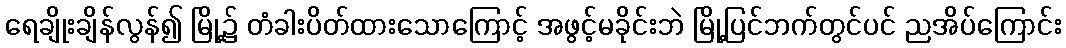
ရေချိုးချိန်လွန်၍ မြို့၌ တံခါးပိတ်ထားသောကြောင့် အဖွင့်မခိုင်းဘဲ မြို့ပြင်ဘက်တွင်ပင် ညအိပ်ကြောင်း